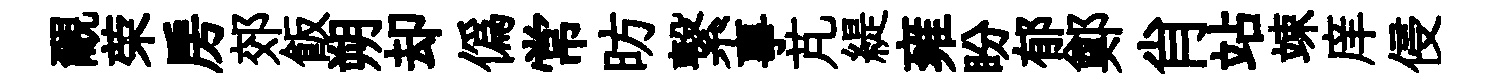
覼荣房郊飯朔却偽常昉繋事芃緹雍盼郁鄭肖站竦庠侵